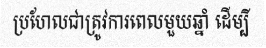
ប្រហែលជាត្រូវការពេលមួយឆ្នាំ ដើម្បី